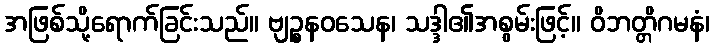
အဖြစ်သို့ရောက်ခြင်းသည်။ ဗျဉ္စနဝသေန၊ သဒ္ဒါ၏အစွမ်းဖြင့်။ ဝိဘတ္တိဂမနံ၊